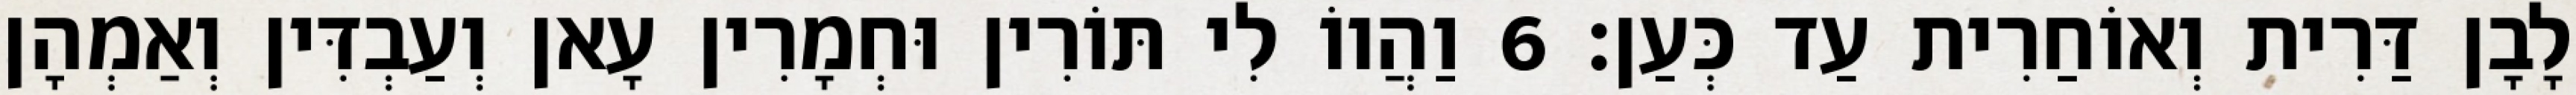
לָבָן דַּרִית וְאוֹחַרִית עַד כְּעַן׃ 6 וַהֲווֹ לִי תּוֹרִין וּחְמָרִין עָאן וְעַבְדִּין וְאַמְהָן